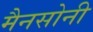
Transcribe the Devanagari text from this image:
मैनसोनी